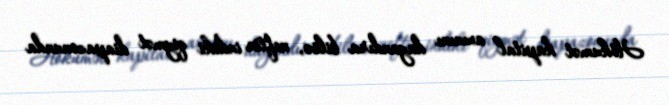
Hökumət kapital axınını dayandıra bilsə, neftin indiki qiymət diapazonunda